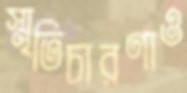
স্মৃতিচারণাও